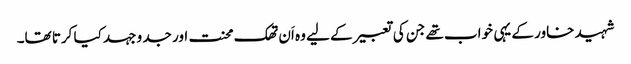
شہید خاور کے یہی خواب تھے جن کی تعبیر کے لیے وہ اَن تھک محنت اور جد و جہد کیا کرتا تھا۔